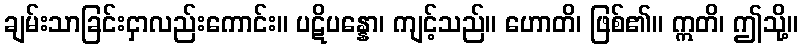
ချမ်းသာခြင်းငှာလည်းကောင်း။ ပဋိပန္နော၊ ကျင့်သည်။ ဟောတိ၊ ဖြစ်၏။ ဣတိ၊ ဤသို့။